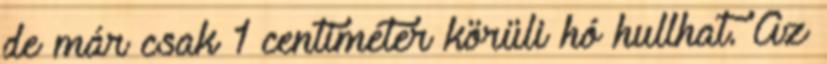
de már csak 1 centiméter körüli hó hullhat. Az